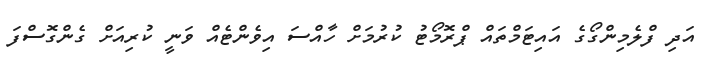
އަދި ފްލެމިންގޯގެ އައިޓަމްތައް ޕްރޮމޯޓު ކުރުމަށް ހާއްސަ އިވެންޓެއް ވަނީ ކުރިއަށް ގެންގޮސްފަ